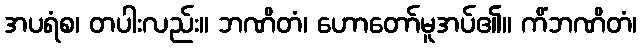
အပရံစ၊ တပါးလည်း။ ဘဏိတံ၊ ဟောတော်မူအပ်၏။ ကိံဘဏိတံ၊